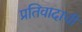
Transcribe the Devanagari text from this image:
प्रतिवादाची